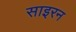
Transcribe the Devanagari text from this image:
साइरन